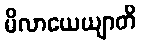
မိလာယေယျာတိ